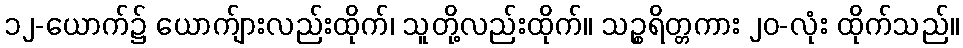
၁၂-ယောက်၌ ယောက်ျားလည်းထိုက်၊ သူတို့လည်းထိုက်။ သဉ္စရိတ္တကား ၂၀-လုံး ထိုက်သည်။